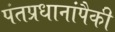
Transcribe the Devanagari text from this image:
पंतप्रधानांपैकी